Indian journal of veterinary science and animal husbandry - Volumes 26-27, 1956-1957
Year: 1956
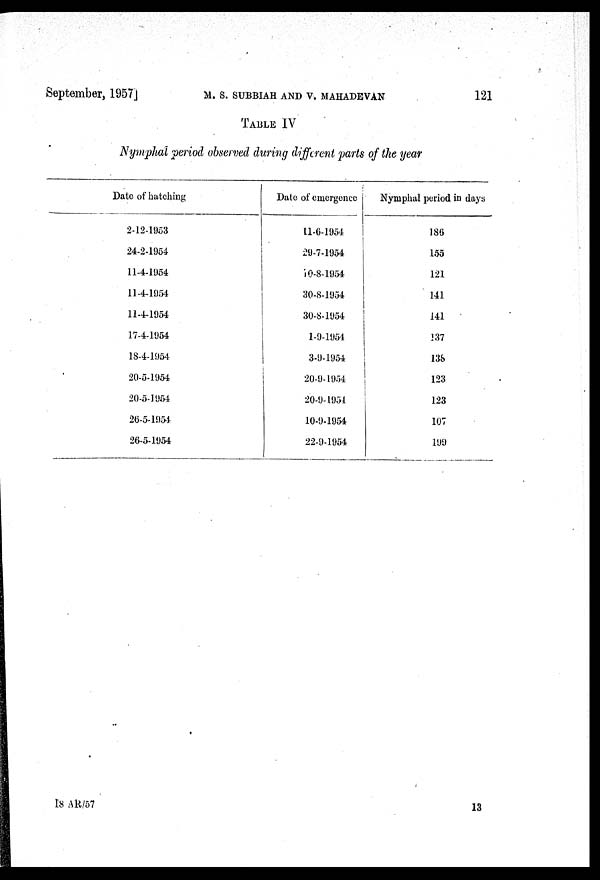
September, 1957] M. S. SUBBIAH AND V. MAHADEVAN 121
TABLE IV
Nymphal period observed during different parts of the year
Date of hatching
2-12-1953
24-2-1954
11-4-1954
11-4-1954
11-4-1954
17-4-1954
18-4-1954
20-5-1954
20-5-1954
26-5-1954
26-5-1954
Dale of emergence
11-6-1954
29-7-1954
10-8-1954
30-8-1954
30-8-1954
1-9-1954
3-9-1954
20-9-1954
20-9-1951
10-9-1954
22-9-1954
Nymphal period in days
186
155
121
141
141
137
138
123
123
107
199